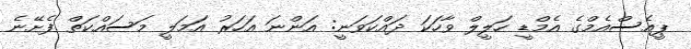
ޕީއެސްއެމްގެ އެމްޑީ ހަލީލް ވާހަކަ ދައްކަވަނީ: އަންނަ އަހަރު އަމަލީ މަސައްކަތް ފެށޭނެ